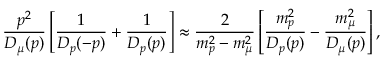
\frac { p ^ { 2 } } { D _ { \mu } ( p ) } \left[ \frac { 1 } { D _ { p } ( - p ) } + \frac { 1 } { D _ { p } ( p ) } \right] \approx \frac { 2 } { m _ { p } ^ { 2 } - m _ { \mu } ^ { 2 } } \left[ \frac { m _ { p } ^ { 2 } } { D _ { p } ( p ) } - \frac { m _ { \mu } ^ { 2 } } { D _ { \mu } ( p ) } \right] ,